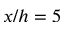
x / h = 5